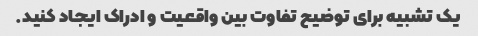
یک تشبیه برای توضیح تفاوت بین واقعیت و ادراک ایجاد کنید.